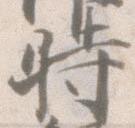
時